Note on the mental hospitals in Burma - 1925-1940
Year: 1925
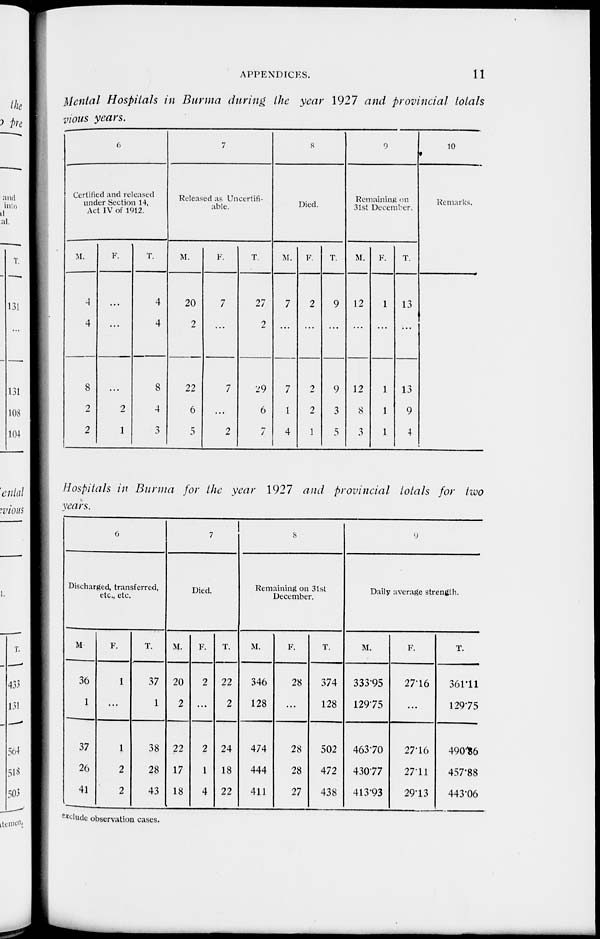
APPENDICES.
11
Mental Hospitals in Burma during the year 1927 and provincial totals
vious years.
6
Certified and released
under Section 14,
Act IV of 1912.
M.
4
4
8
2
2
F.
...
...
...
2
1
T.
4
4
8
4
3
7
Released as Uncertifi-
able.
M.
20
2
22
6
5
F.
7
...
7
...
2
T.
27
2
29
6
7
8
Died.
M.
7
...
7
1
4
F.
2
...
2
2
1
T.
9
...
9
3
5
9
Remaining on
31st December.
M.
12
...
12
8
3
F.
1
...
1
1
1
T.
13
13
9
4
10
Remarks.
Hospitals in Burma for the year 1927 and provincial totals for two
years.
6
Discharged, transferred,
etc., etc.
M.
36
1
37
26
41
F.
1
...
1
2
2
T.
37
1
38
28
43
7
Died.
M.
20
2
22
17
18
F.
2
...
2
1
4
T.
22
2
24
18
22
8
Remaining on 31st
December.
M.
346
128
474
444
411
F.
28
...
28
28
27
T.
374
128
502
472
438
9
Daily average strength.
M.
333.95
129.75
463.70
430.77
413.93
F.
27.16
...
27.16
27.11
29.13
T.
361.11
129.75
490.86
457.88
443.06
exclude observation cases.